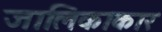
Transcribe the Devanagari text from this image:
जालिकाकार